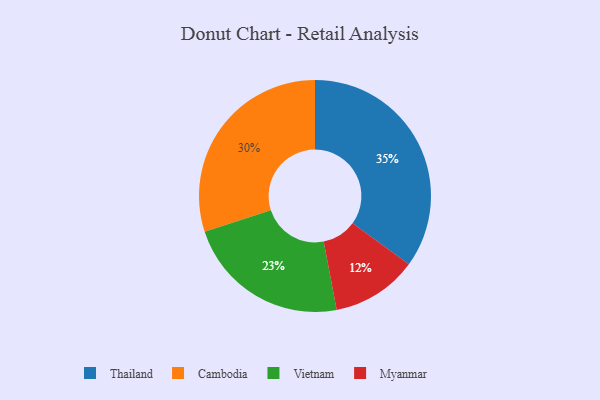
{"axis": {"x": "Category", "y": "Percentage"}, "legend": ["Cambodia", "Myanmar", "Thailand", "Vietnam"], "data": [{"x": "Vietnam", "y": 23, "type": "Vietnam"}, {"x": "Thailand", "y": 35, "type": "Thailand"}, {"x": "Myanmar", "y": 12, "type": "Myanmar"}, {"x": "Cambodia", "y": 30, "type": "Cambodia"}]}